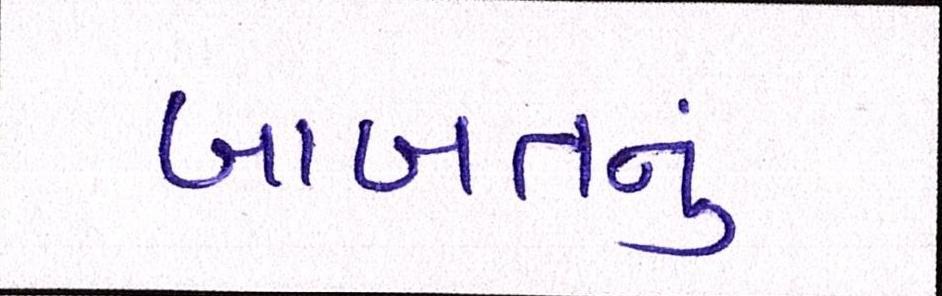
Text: બાબતનું